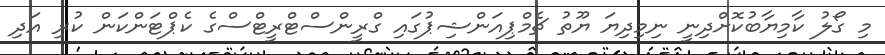
މި ގޯލު ކާމިޔާބުކޮށްދިނީ ނިމިދިޔަ ޔޫތު ޗެމްޕިއަންޝިޕުގައި ގްރީންސްޓްރީޓްސްގެ ކެޕްޓަންކަން ކުރި އަދި